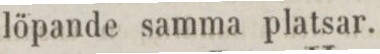
löpande samma platsar.